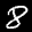
Label: 8